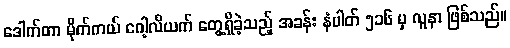
ဒေါက်တာ မိုက်ကယ် ဂေါ့လိယက် တွေ့ရှိခဲ့သည့် အခန်း နံပါတ် ၅၁၆ မှ လူနာ ဖြစ်သည်။